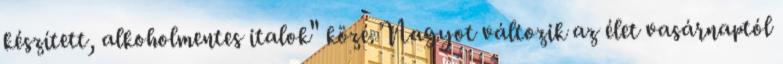
készített, alkoholmentes italok" közé. Nagyot változik az élet vasárnaptól